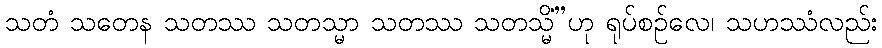
သတံ သတေန သတဿ သတသ္မာ သတဿ သတသ္မိံ”ဟု ရုပ်စဉ်လေ၊ သဟဿံလည်း